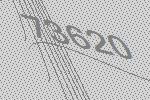
73620